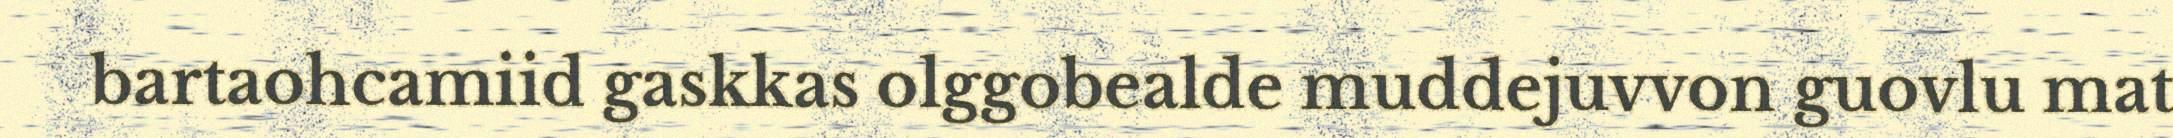
bartaohcamiid gaskkas olggobealde muddejuvvon guovlu mat